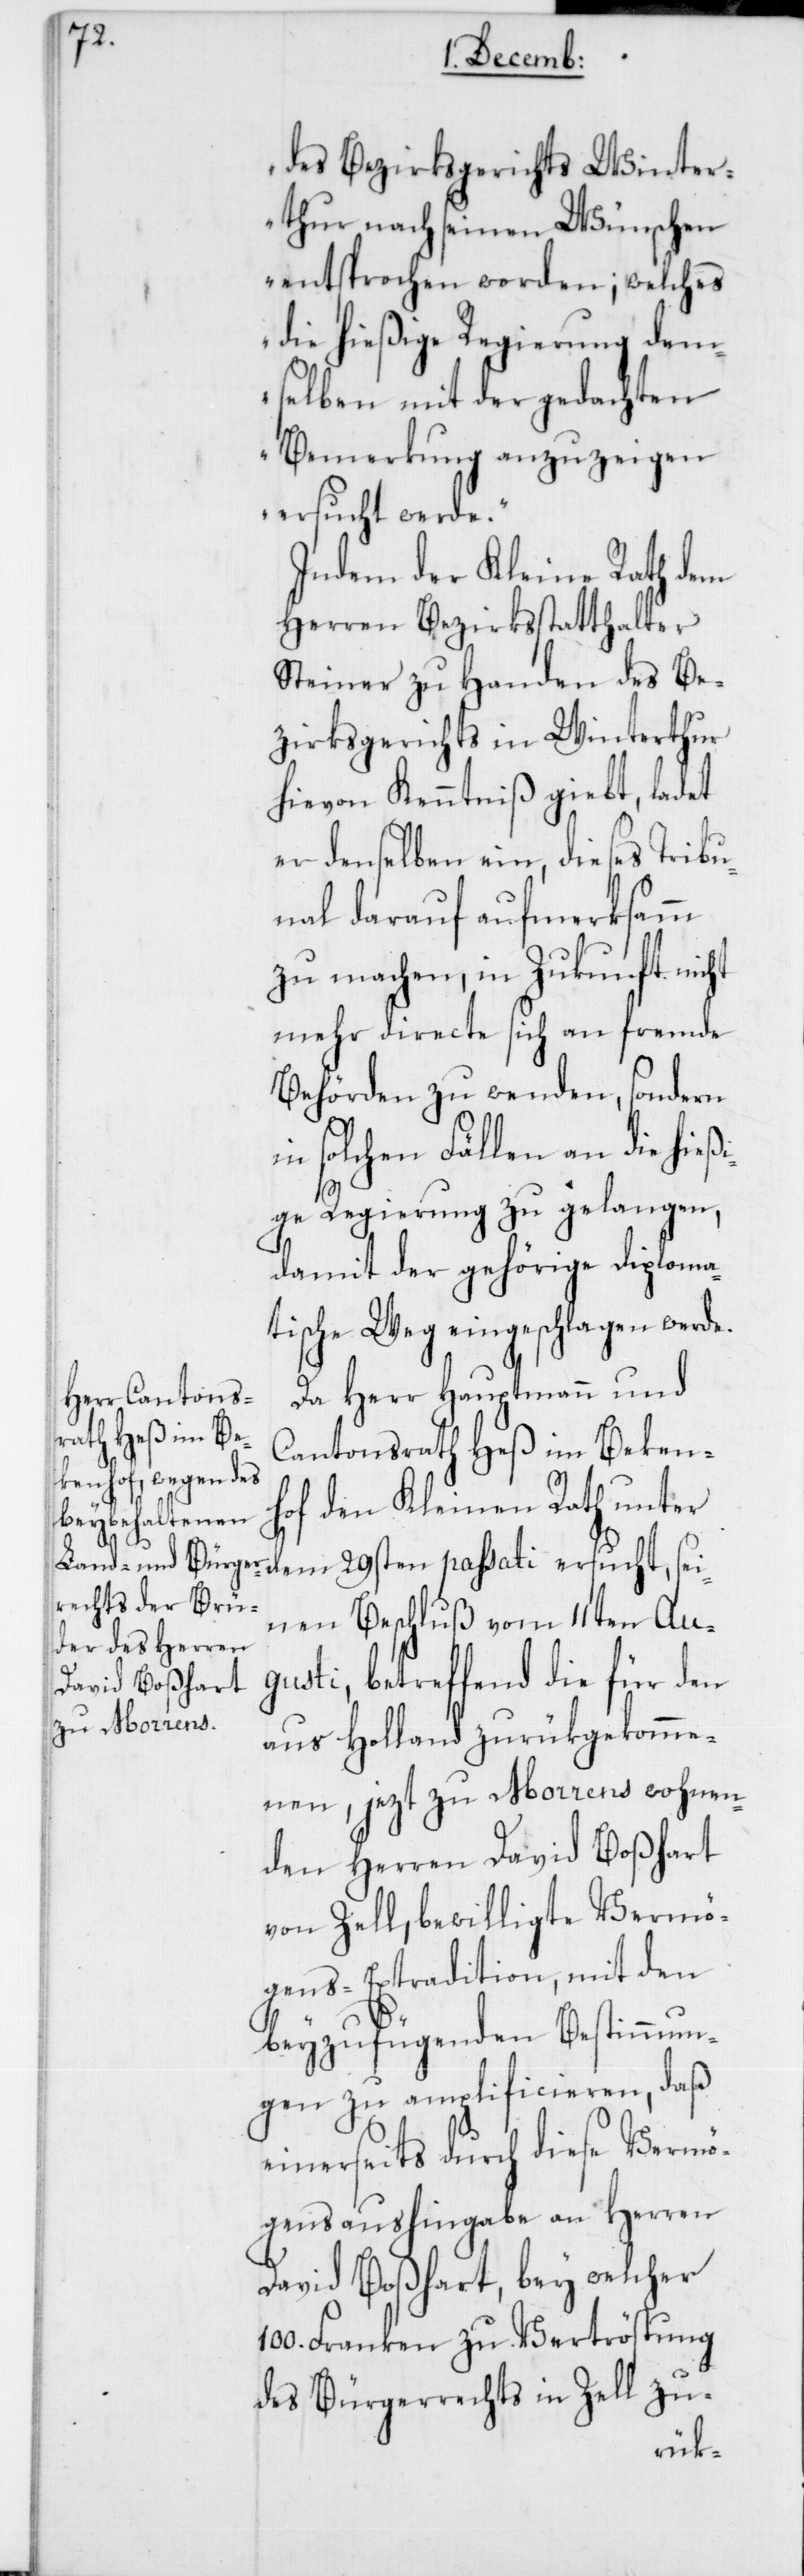
des Bezirksgerichts Winter¬
thur nach seinen Wünschen
entsprochen worden; welches
die hießige Regierung dem¬
selben mit der gedachten
Bemerkung anzuzeigen
ersucht werde“.
Indem der Kleine Rath dem
Herren Bezirksstatthalter
Steiner zu Handen des Be¬
zirksgerichts in Winterthur
hievon Kenntniß giebt, ladet
er deneselben ein, dieses Tribu¬
nal darauf aufmerksamm
zu machen, in Zukunft nicht
mehr directe sich an fremde
Behörden zu wenden, sondern
in solchen Fällen an die hieß¬
ige Regierung zu gelangen,
damit der gehörige Diploma¬
tische Weg eingeschlagen werde.
Da Herr Hauptmann und
Cantonsrath Heß im Beken¬
hof den Kleinen Rath unter
dem 29sten passati ersucht, sei¬
nen Beschluß vom 11ten Au¬
gusti, betreffend die für den
aus Holland zurükgekomme¬
nen, jezt zu Morrens wohnen¬
den Herren David Boßhart
von Zell, bewilligte Vermö¬
gens-Extradition, mit den
beyzufügenden Bestimmun¬
gen zu amplificieren, daß
einerseits durch diese Vermö¬
gensaushingabe an Herren
David Boßhart, bey welcher
100. Franken zu Vertröstung
des Bürgerrechts in Zell zu-